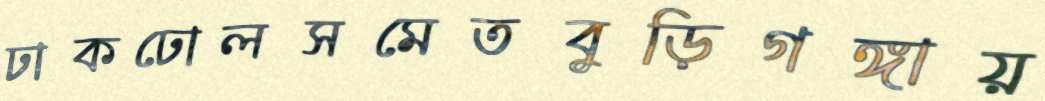
ঢাকঢোলসমেতবুড়িগঙ্গায়